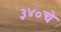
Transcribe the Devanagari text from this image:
३४०चे